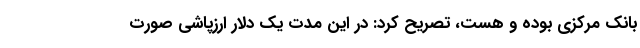
بانک مرکزی بوده و هست، تصریح کرد: در این مدت یک دلار ارزپاشی صورت